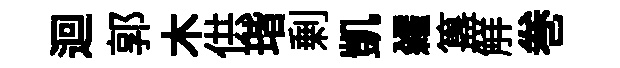
迴郭木供瑎剰凱糴簋觧巻